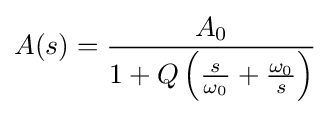
A(s)={\frac {A_{0}}{1+Q\left({\frac {s}{\omega _{0}}}+{\frac {\omega _{0}}{s}}\right)}}